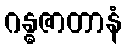
ဂန္ဓဇာတာနံ